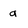
Character: g